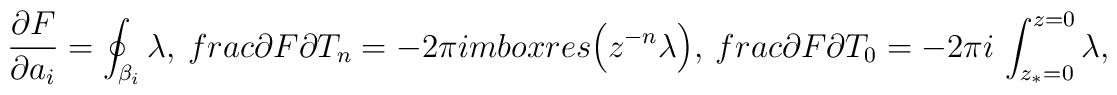
\frac{\partial F}{\partial a_i}=\oint_{\beta_i}\lambda, \ \ \\frac{\partial F}{\partial T_n}=-2 \pi i\\mbox{res}\Big(z^{-n}\lambda\Big), \ \ \\frac{\partial F}{\partial T_0}=-2 \pi i\, \int _{z_*=0}^{z=0} \lambda ,